Indian journal of veterinary science and animal husbandry - Volumes 15-17, 1948-1951
Year: 1948
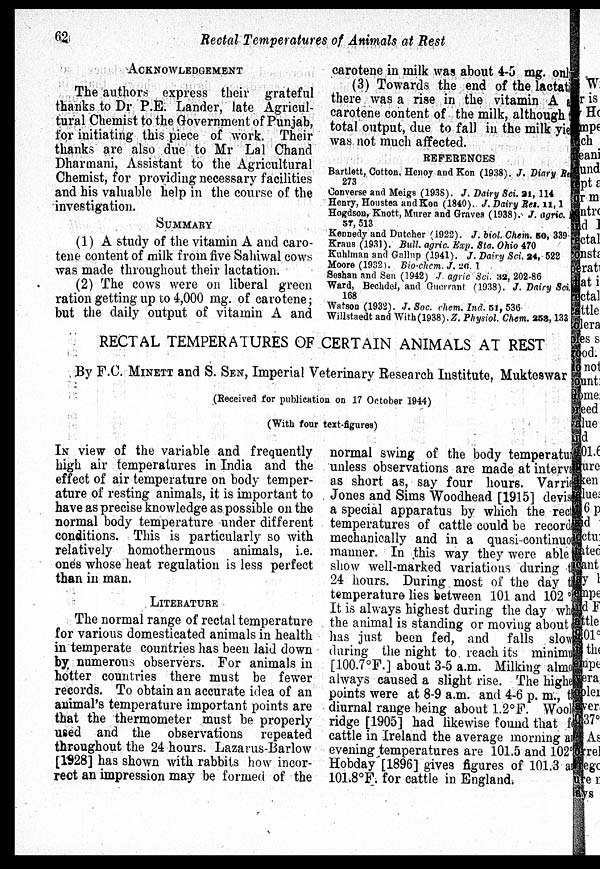
62
Rectal Temperatures of Animals at Rest
ACKNOWLEDGEMENT
The authors express their grateful
thanks to Dr P.E. Lander, late Agricul-
tural Chemist to the Government of Punjab,
for initiating this piece of work. Their
thanks are also due to Mr Lal Chand
Dharmani, Assistant to the Agricultural
Chemist, for providing necessary facilities
and his valuable help in the course of the
investigation.
SUMMARY
(1) A study of the vitamin A and caro-
tene content of milk from five Sahiwal cows
was made throughout their lactation.
(2) The cows were on liberal green
ration getting up to 4,000 mg. of carotene;
but the daily output of vitamin A and
carotene in milk was about 4-5 mg. only
(3) Towards the end of the lactation
there was a rise in the vitamin A a
carotene content of the milk, although the
total output, due to fall in the milk yield
was not much affected.
REFERENCES
Bartlett, Cotton, Henoy and Kon (1938). J. Diary Res
273
Converse and Meigs (1938). J. Dairy Sci. 21, 114
Henry, Houstea and Kon (1840). J. Dairy Res. 11, 1
Hogdson, Knott, Murer and Graves (1938). J. agric.
57, 513
Kennedy and Dutcher (1922). J. biol. Chem. 50, 339
Kraus (1931). Bull, agric. Exp. Sta. Ohio 470
Kuhlman and Gallup (1941). J. Dairy Sci. 24, 522
Moore (1932). Bio-chem. J. 26. 1
Seshan and Sen (1942) J. agric Sci. 32, 202-86
Ward, Bechdel, and Guerrant (1938). J. Dairy Sci.
168
Watson (1932). J. Soc. chem. Ind. 51, 536
Willstaedt and With(1938). Z. Physiol. Chem. 258, 133
RECTAL TEMPERATURES OF CERTAIN ANIMALS AT REST
By F.C. MINETT and S. SEN, Imperial Veterinary Research Institute, Mukteswar
(Received for publication on 17 October 1944)
(With four text-figures)
IN view of the variable and frequently
high air temperatures in India and the
effect of air temperature on body temper-
ature of resting animals, it is important to
have as precise knowledge as possible on the
normal body temperature under different
conditions. This is particularly so with
relatively homothermous animals, i.e.
onés whose heat regulation is less perfect
than in man.
LITERATURE
The normal range of rectal temperature
for various domesticated animals in health
in temperate countries has been laid down
by numerous observers. For animals in
hotter countries there must be fewer
records. To obtain an accurate idea of an
animal's temperature important points are
that the thermometer must be properly
used and the observations repeated
throughout the 24 hours. Lazarus-Barlow
[1928] has shown with rabbits how incor-
rect an impression may be formed of the
normal swing of the body temperature
unless observations are made at interva
as short as, say four hours. Varrie
Jones and Sims Woodhead [1915] devise
a special apparatus by which the rect
temperatures of cattle could be recorded
mechanically and in a quasi-continuons
manner. In this way they were able to
show well-marked variations during the
24 hours. During most of the day the
temperature lies between 101 and 102°F
It is always highest during the day when
the animal is standing or moving about
has just been fed, and falls slow
during the night to reach its minimum
[100.7°F.] about 3-5 a.m. Milking almost
always caused a slight rise. The higher
points were at 8-9 a.m. and 4-6 p. m., the
diurnal range being about 1.2°F. Woold
ridge [1905] had likewise found that for
cattle in Ireland the average morning and
evening temperatures are 101.5 and 102°F.
Hobday [1896] gives figures of 101.3 and
101.8°F. for cattle in England.